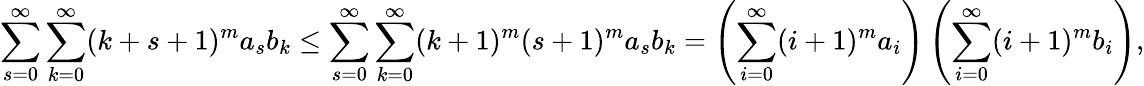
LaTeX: \sum_{s=0}^{\infty}\sum_{k=0}^{\infty}(k+s+1)^{m}a_{s}b_{k}\leq\sum_{s=0}^{\infty}\sum_{k=0}^{\infty}(k+1)^{m}(s+1)^{m}a_{s}b_{k}=\left(\sum_{i=0}^{\infty}(i+1)^{m}a_{i}\right)\left(\sum_{i=0}^{\infty}(i+1)^{m}b_{i}\right),